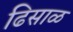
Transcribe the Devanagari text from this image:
ढिसाळ